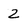
Character: 2